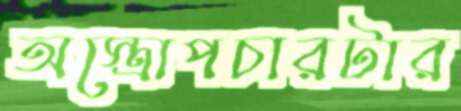
অস্ত্রোপচারটার